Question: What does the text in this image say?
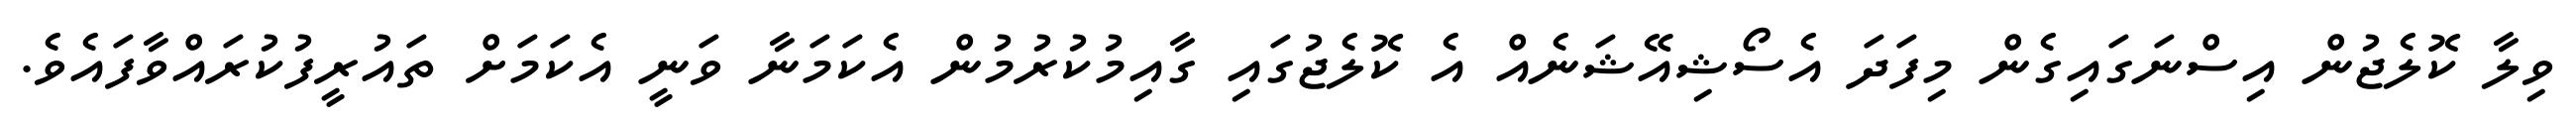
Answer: ވިލާ ކޮލެޖުން އިސްނަގައިގެން މިފަދަ އެސޯޝިއޭޝަނެއް އެ ކޮލެޖުގައި ގާއިމުކުރުމުން އެކަމަނާ ވަނީ އެކަމަށް ތައުރީފުކުރައްވާފައެވެ.